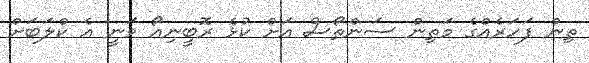
ތިން ފަހަރެއްގެ މަތިން ސަންތޯސް އަށް ކުޅެ ރޮބީނިއޯ ވަނީ އެ ކްލަބަށް